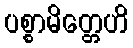
ပစ္စာမိတ္တေဟိ